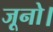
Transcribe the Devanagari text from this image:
जूनो।